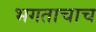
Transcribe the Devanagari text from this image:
भगताचाच